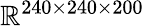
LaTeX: \mathbb{R}^{240\times 240\times 200}